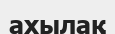
ахылақ